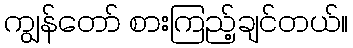
ကျွန်တော် စားကြည့်ချင်တယ်။